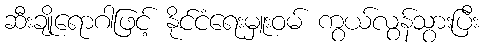
ဆီးချိုရောဂါဖြင့် နိုင်ငံရေးမှူးဝမ် ကွယ်လွန်သွားပြီး